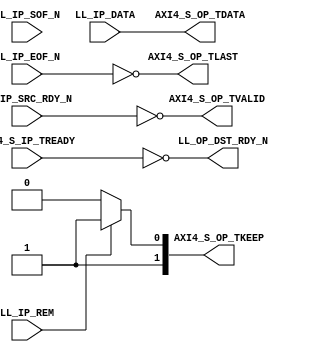
///////////////////////////////////////////////////////////////////////////////
// (c) Copyright 2010 Xilinx, Inc. All rights reserved.
//
// This file contains confidential and proprietary information
// of Xilinx, Inc. and is protected under U.S. and
// international copyright and other intellectual property
// laws.
//
// DISCLAIMER
// This disclaimer is not a license and does not grant any
// rights to the materials distributed herewith. Except as
// otherwise provided in a valid license issued to you by
// Xilinx, and to the maximum extent permitted by applicable
// law: (1) THESE MATERIALS ARE MADE AVAILABLE "AS IS" AND
// WITH ALL FAULTS, AND XILINX HEREBY DISCLAIMS ALL WARRANTIES
// AND CONDITIONS, EXPRESS, IMPLIED, OR STATUTORY, INCLUDING
// BUT NOT LIMITED TO WARRANTIES OF MERCHANTABILITY, NON-
// INFRINGEMENT, OR FITNESS FOR ANY PARTICULAR PURPOSE; and
// (2) Xilinx shall not be liable (whether in contract or tort,
// including negligence, or under any other theory of
// liability) for any loss or damage of any kind or nature
// related to, arising under or in connection with these
// materials, including for any direct, or any indirect,
// special, incidental, or consequential loss or damage
// (including loss of data, profits, goodwill, or any type of
// loss or damage suffered as a result of any action brought
// by a third party) even if such damage or loss was
// reasonably foreseeable or Xilinx had been advised of the
// possibility of the same.
//
// CRITICAL APPLICATIONS
// Xilinx products are not designed or intended to be fail-
// safe, or for use in any application requiring fail-safe
// performance, such as life-support or safety devices or
// systems, Class III medical devices, nuclear facilities,
// applications related to the deployment of airbags, or any
// other applications that could lead to death, personal
// injury, or severe property or environmental damage
// (individually and collectively, "Critical
// Applications"). Customer assumes the sole risk and
// liability of any use of Xilinx products in Critical
// Applications, subject only to applicable laws and
// regulations governing limitations on product liability.
//
// THIS COPYRIGHT NOTICE AND DISCLAIMER MUST BE RETAINED AS
// PART OF THIS FILE AT ALL TIMES.
//
//
///////////////////////////////////////////////////////////////////////////////
//
//  LL_TO_AXI
//
//
//  Description: This light wrapper/shim convertes Legacy LocalLink interface
//               signals to AXI-4 Stream protocol signals
//
//
///////////////////////////////////////////////////////////////////////////////

`timescale 1 ns/1 ps
(* core_generation_info = "aurora_8b10b_gtx7,aurora_8b10b_v8_3,{user_interface=AXI_4_Streaming,backchannel_mode=Sidebands,c_aurora_lanes=1,c_column_used=left,c_gt_clock_1=GTXQ0,c_gt_clock_2=None,c_gt_loc_1=X,c_gt_loc_10=X,c_gt_loc_11=X,c_gt_loc_12=X,c_gt_loc_13=X,c_gt_loc_14=X,c_gt_loc_15=X,c_gt_loc_16=X,c_gt_loc_17=X,c_gt_loc_18=X,c_gt_loc_19=X,c_gt_loc_2=1,c_gt_loc_20=X,c_gt_loc_21=X,c_gt_loc_22=X,c_gt_loc_23=X,c_gt_loc_24=X,c_gt_loc_25=X,c_gt_loc_26=X,c_gt_loc_27=X,c_gt_loc_28=X,c_gt_loc_29=X,c_gt_loc_3=X,c_gt_loc_30=X,c_gt_loc_31=X,c_gt_loc_32=X,c_gt_loc_33=X,c_gt_loc_34=X,c_gt_loc_35=X,c_gt_loc_36=X,c_gt_loc_37=X,c_gt_loc_38=X,c_gt_loc_39=X,c_gt_loc_4=X,c_gt_loc_40=X,c_gt_loc_41=X,c_gt_loc_42=X,c_gt_loc_43=X,c_gt_loc_44=X,c_gt_loc_45=X,c_gt_loc_46=X,c_gt_loc_47=X,c_gt_loc_48=X,c_gt_loc_5=X,c_gt_loc_6=X,c_gt_loc_7=X,c_gt_loc_8=X,c_gt_loc_9=X,c_lane_width=2,c_line_rate=62500,c_nfc=false,c_nfc_mode=IMM,c_refclk_frequency=125000,c_simplex=false,c_simplex_mode=TX,c_stream=false,c_ufc=false,flow_mode=None,interface_mode=Framing,dataflow_config=Duplex}" *)
module aurora_8b10b_gtx7_LL_TO_AXI #
(
    parameter            DATA_WIDTH         = 16, // DATA bus width
    parameter            STRB_WIDTH         = 2, // STROBE bus width
    parameter            USE_UFC_REM        = 0, // UFC REM bus width identifier
    parameter            REM_WIDTH          = 1 // REM bus width
   
)
(

    // LocalLink input Interface
    LL_IP_DATA,
    LL_IP_SOF_N,
    LL_IP_EOF_N,
    LL_IP_REM,
    LL_IP_SRC_RDY_N,
    LL_OP_DST_RDY_N,

    // AXI4-S output signals
    AXI4_S_OP_TVALID,
    AXI4_S_OP_TDATA,
    AXI4_S_OP_TKEEP,
    AXI4_S_OP_TLAST,
    AXI4_S_IP_TREADY

);

`define DLY #1

//***********************************Port Declarations*******************************

    // AXI4-Stream TX Interface
    output     [0:(DATA_WIDTH-1)]     AXI4_S_OP_TDATA;
    output     [0:(STRB_WIDTH-1)]     AXI4_S_OP_TKEEP;
    output                            AXI4_S_OP_TVALID;
    output                            AXI4_S_OP_TLAST;
    input                             AXI4_S_IP_TREADY;


    // LocalLink TX Interface
    input      [0:(DATA_WIDTH-1)]     LL_IP_DATA;
    input      [0:(REM_WIDTH-1)]      LL_IP_REM;
    input                             LL_IP_SOF_N;
    input                             LL_IP_EOF_N;
    input                             LL_IP_SRC_RDY_N;
    output                            LL_OP_DST_RDY_N;

//*********************************Main Body of Code**********************************

  
   assign AXI4_S_OP_TDATA  = LL_IP_DATA;
   assign AXI4_S_OP_TVALID = !LL_IP_SRC_RDY_N;
   assign AXI4_S_OP_TLAST  = !LL_IP_EOF_N;
   assign AXI4_S_OP_TKEEP  = (LL_IP_REM == 1'b1)? 2'b11:2'b10;
   assign LL_OP_DST_RDY_N  = !AXI4_S_IP_TREADY;

endmodule